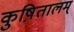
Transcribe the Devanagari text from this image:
कुष़ितालम्